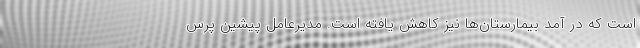
است که در آمد بیمارستان‌ها نیز کاهش یافته است. مدیرعامل پیشین پرس